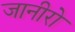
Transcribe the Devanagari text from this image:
जानीरो